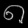
Digit: ၈